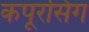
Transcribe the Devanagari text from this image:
कपूरसिंग